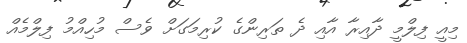
މިއީ ފިލްމީ ދާއިރާ އާއި ދެ ތަރިންގެ ކުރިމަގަށް ވެސް މުހިއްމު ފިލްމެއް